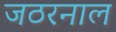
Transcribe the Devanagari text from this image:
जठरनाल